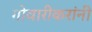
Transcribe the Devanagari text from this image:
गोवारीकरांनी